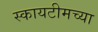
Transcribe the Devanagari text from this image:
स्कायटीमच्या